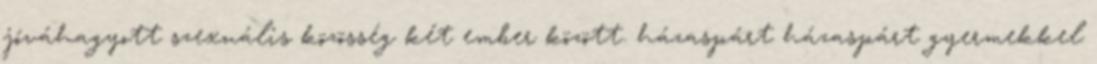
jóváhagyott szexuális közösség két ember között. házaspárt házaspárt gyermekkel